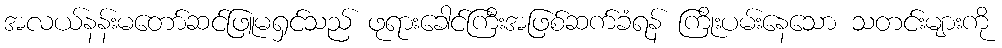
အလယ်နန်းမတော်ဆင်ဖြူမရှင်သည် ဖုရားခေါင်ကြီးအဖြစ်ဆက်ခံရန် ကြိုးပမ်းနေသော သတင်းများကို